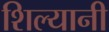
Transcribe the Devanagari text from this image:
शिल्यानी